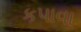
કપાવા